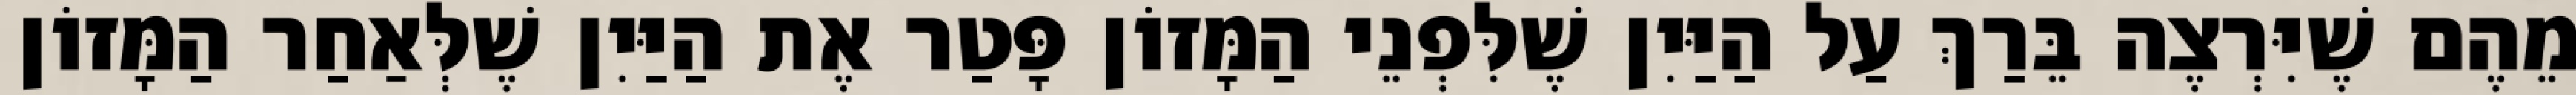
מֵהֶם שֶׁיִּרְצֶה בֵּרַךְ עַל הַיַּיִן שֶׁלִּפְנֵי הַמָּזוֹן פָּטַר אֶת הַיַּיִן שֶׁלְּאַחַר הַמָּזוֹן